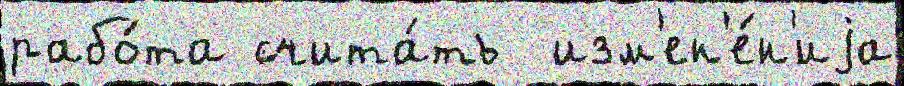
рабо́та счита́ть  изм'ен'е́н'иjа